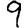
Digit: 9